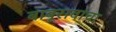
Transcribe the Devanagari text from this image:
बाबूरावांचा